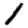
Digit: 1